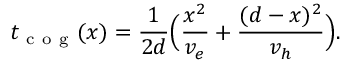
{ t _ { \mathrm { ~ c ~ o ~ g ~ } } } ( x ) = \frac { 1 } { 2 d } \Big ( \frac { x ^ { 2 } } { v _ { e } } + \frac { ( d - x ) ^ { 2 } } { v _ { h } } \Big ) .